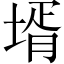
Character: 壻